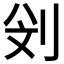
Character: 𠛶